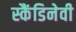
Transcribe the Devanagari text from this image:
स्कैंडिनेवी